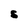
Character: S